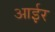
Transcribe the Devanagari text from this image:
आईर